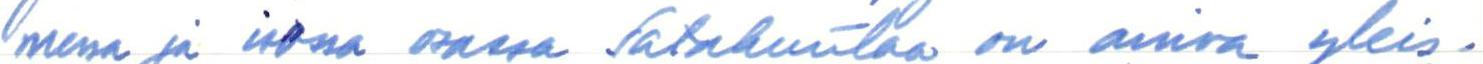
messa ja isossa osassa Satakuntaa on ainoa yleis-